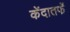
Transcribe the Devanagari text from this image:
केंदातर्फे